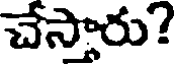
చేస్తారు?